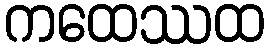
ကထေဿထ